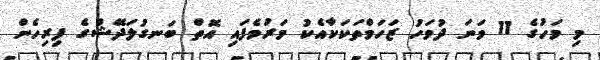
މި މަހުގެ 11 ވަނަ ދުވަހު ޒަހަމްތަކަކާއެކު މަރުވެފައި އޮތް ބަނގުލަދޭޝްގެ ފިރިހެން